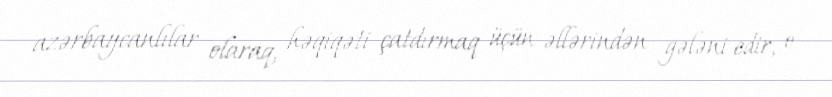
azərbaycanlılar olaraq, həqiqəti çatdırmaq üçün əllərindən gələni edir, o